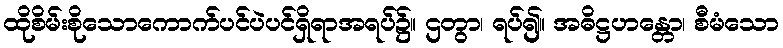
ထိုစိမ်းစိုသောကောက်ပင်ပဲပင်ရှိရာအရပ်၌။ ဌတွာ၊ ရပ်၍။ အဓိဋ္ဌဟန္တော၊ စီမံသော